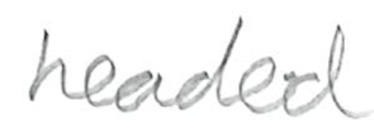
Text: headed
Cross-out: clean
Writing tool: pencil